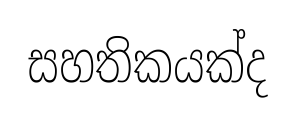
සහතිකයක්ද